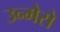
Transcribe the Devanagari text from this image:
उन्मेसे